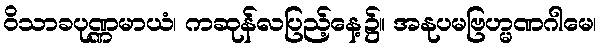
ဝိသာခပုဏ္ဏမာယံ၊ ကဆုန်လပြည့်နေ့၌။ အနုပမဗြဟ္မဏဂါမေ၊